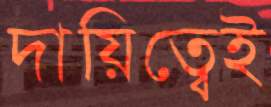
দায়িত্বেই